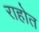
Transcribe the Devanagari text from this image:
राहोत